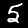
Digit: 5